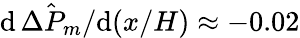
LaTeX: \mathrm{d}\, \hat{\Delta P_{m}}/\mathrm{d}(x/H)\approx-0.02